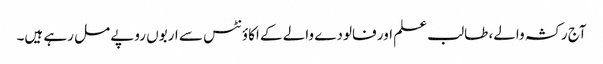
آج رکشہ والے، طالب علم اور فالودے والے کے اکاؤنٹس سے اربوں روپے مل رہے ہیں۔